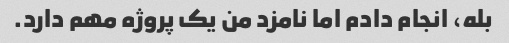
بله، انجام دادم اما نامزد من یک پروژه مهم دارد.